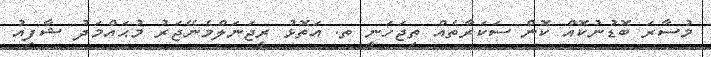
މުސާރަ ބޮޑުނުކޮއް ކޮން ސަކަރާތެއް ތިޖަހަނީ ތ. އަތޮޅު ރީޖަނަލްމެނޭޖަރު މުޙައްމަދު ޝާފިއު